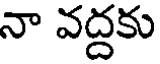
నా వద్దకు